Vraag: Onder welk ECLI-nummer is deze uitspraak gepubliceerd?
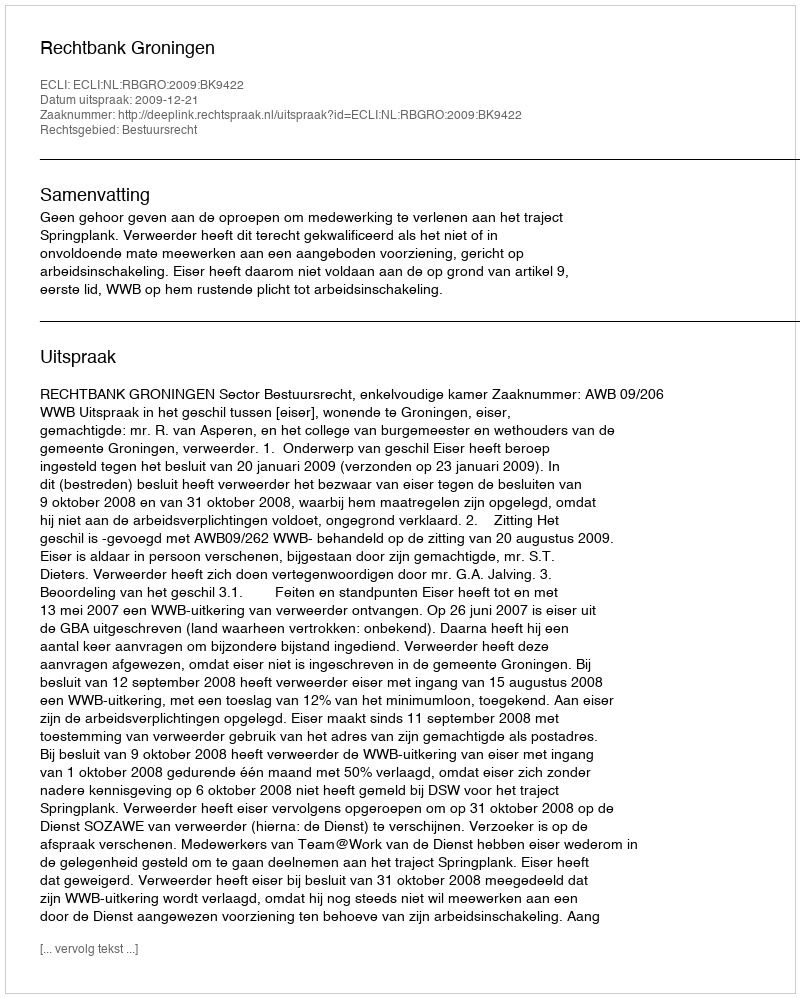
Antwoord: ECLI:NL:RBGRO:2009:BK9422